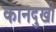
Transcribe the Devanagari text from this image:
कानदुखी